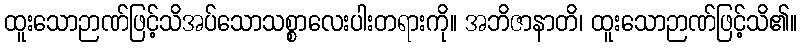
ထူးသောဉာဏ်ဖြင့်သိအပ်သောသစ္စာလေးပါးတရားကို။ အဘိဇာနာတိ၊ ထူးသောဉာဏ်ဖြင့်သိ၏။